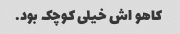
کاهو اش خیلی کوچک بود.